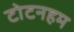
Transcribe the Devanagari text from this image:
टोटनहम